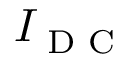
I _ { \textrm { D C } }